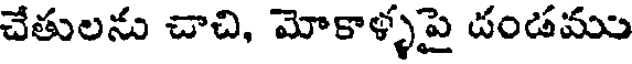
చేతులను చాచి, మోకాళ్ళపై దండము